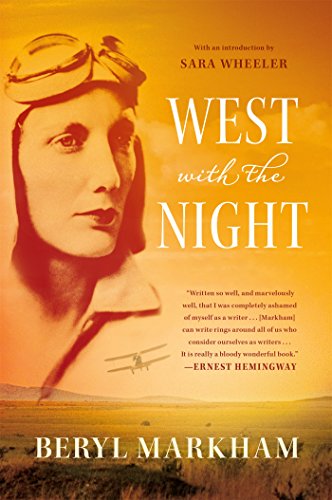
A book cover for West with the Night; Beryl Markham; Biographies & Memoirs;